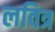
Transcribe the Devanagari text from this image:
लवित्र